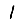
Digit: 1